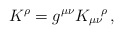
\begin{align*}K^\rho=g^{\mu\nu}{K_{\mu\nu}}^{\!\rho}\, ,\end{align*}